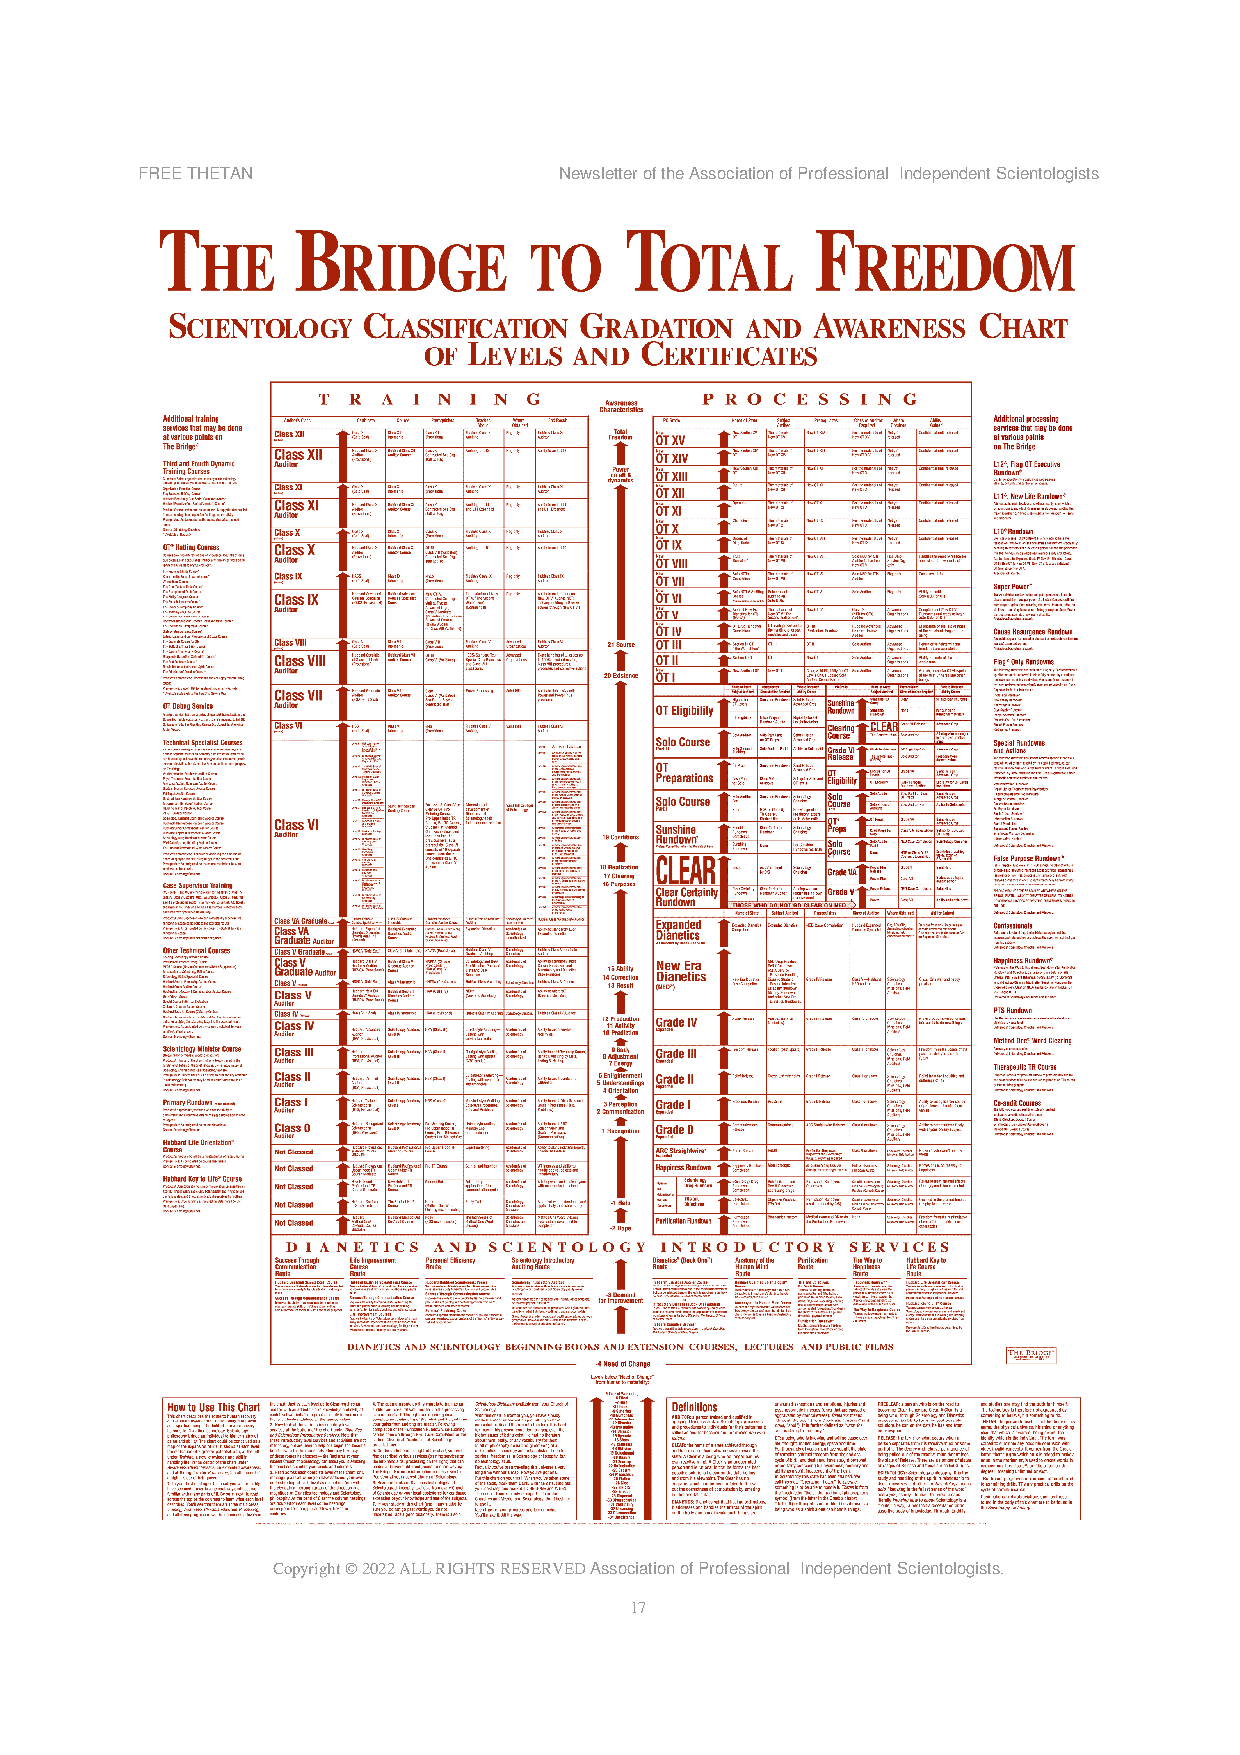
FREE THETAN                 Newsletter of the Association of Professional Independent Scientologists
 Copyright © 2022 ALL RIGHTS RESERVED Association of Professional Independent Scientologists.
 17